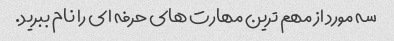
سه مورد از مهم ترین مهارت های حرفه ای را نام ببرید.